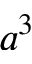
a ^ { 3 }